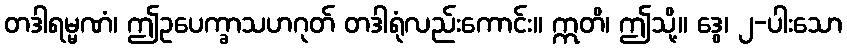
တဒါရမ္မဏံ၊ ဤဥပေက္ခာသဟဂုတ် တဒါရုံလည်းကောင်း။ ဣတိ၊ ဤသို့။ ဒွေ၊ ၂-ပါးသော